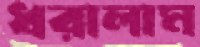
ধরালাম